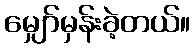
မျှော်မှန်းခဲ့တယ်။